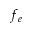
f _ { e }